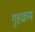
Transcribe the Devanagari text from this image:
गृहक्रम